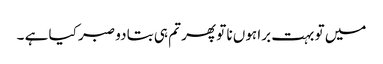
میں تو بہت برا ہوں نا تو پھر تم ہی بتا دو صبر کیا ہے ۔